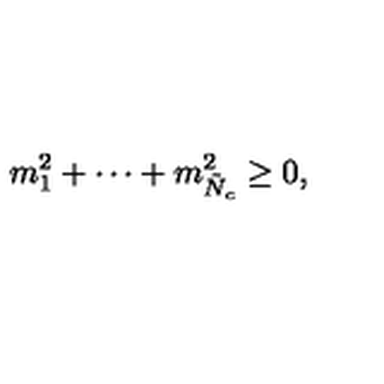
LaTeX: m _ { 1 } ^ { 2 } + \cdots + m _ { \tilde { N } _ { c } } ^ { 2 } \geq 0 ,